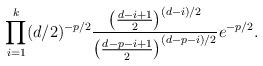
LaTeX: \begin{align*}\prod_{i=1}^k (d/2)^{-p/2}\frac{\left(\frac{d-i+1}{2}\right)^{(d-i)/2} }{\left(\frac{d-p-i+1}{2}\right)^{(d-p-i)/2} }e^{-p/2}.\end{align*}